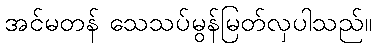
အင်မတန် သေသပ်မွန်မြတ်လှပါသည်။